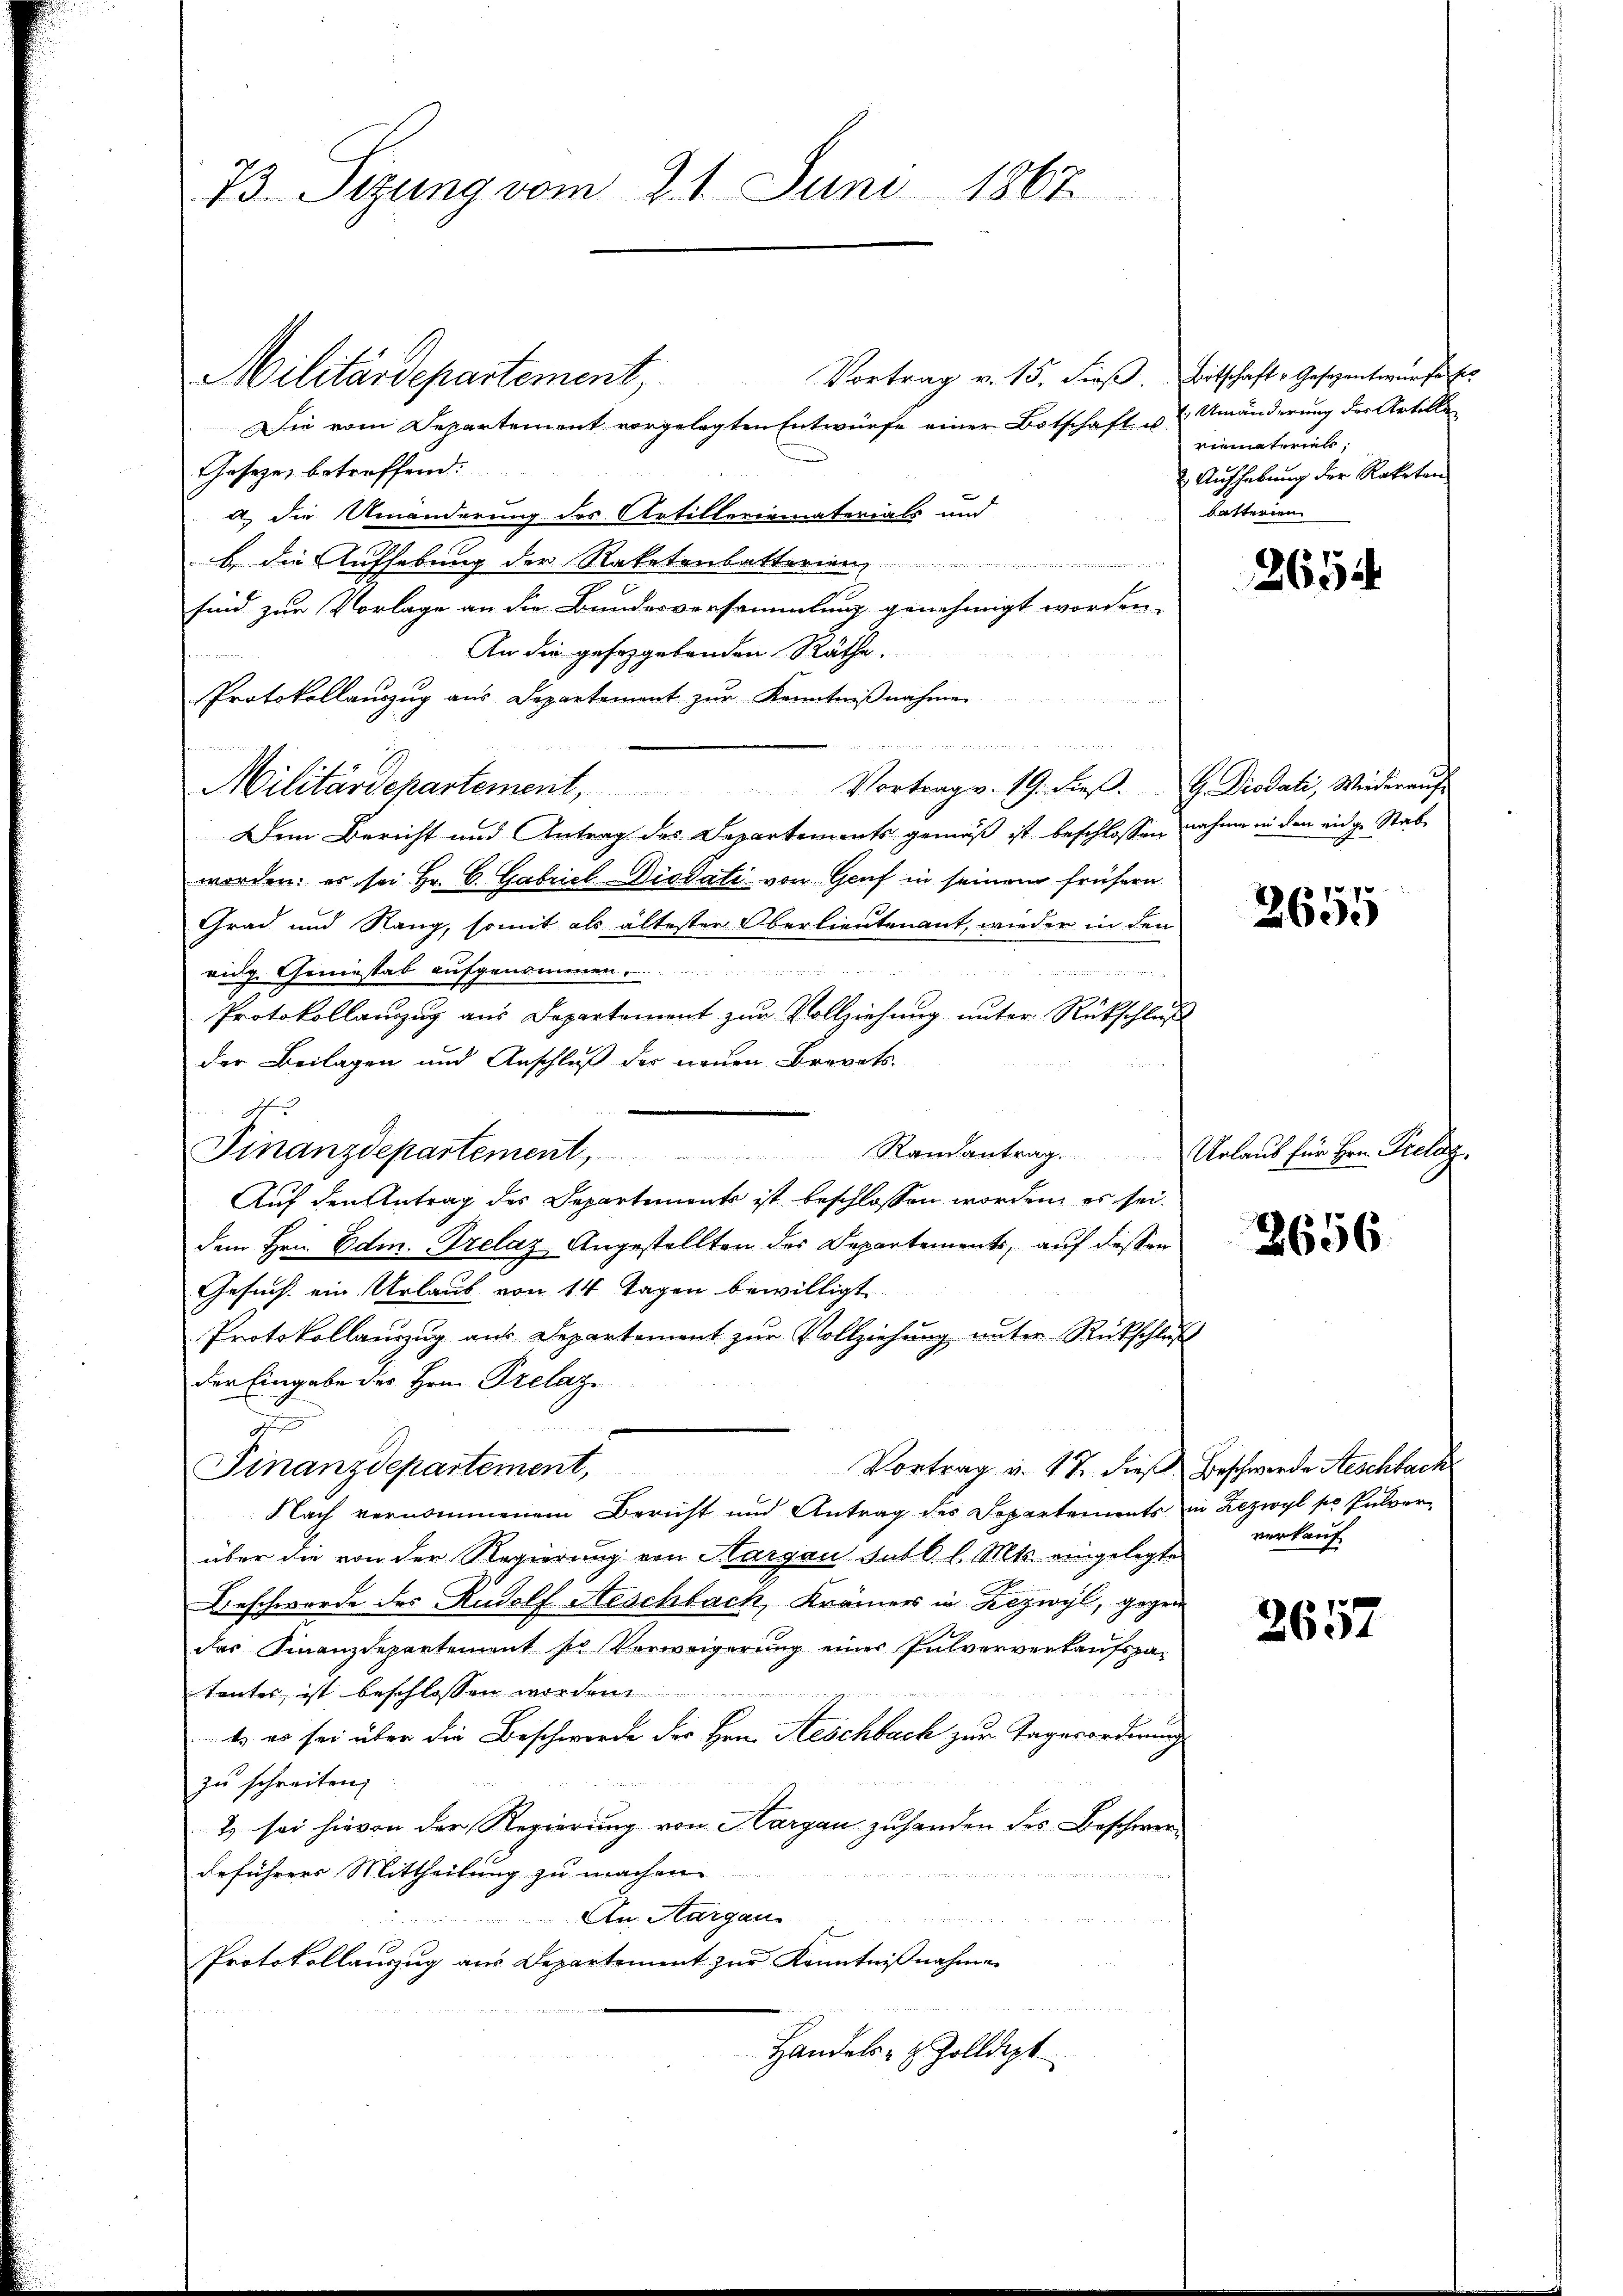
73. Sizung vom 21. Juni 1867

Vortrag v. 15. Fieβ. Bitschaft. Gesezentwurfe ses
Militärdepartement,
Die vom Departement vorgelegten Entwürfe einer Botschaft u Umänderung der Artillen
Gaseze, betreffend:
a) die Umänderung des Artillerirmaterials und
b. die Aufhebung der Raketenbatterien,

sind zur Vorlage an die Bundesversammlung genehmigt worden.
An die geseggebenden Räthe.
Protokollauszug aus Departement zur Kenntnißnahmen

Militärdepartement, Vortrag v. 19. dieβ.  Piodali, Wiederaŭf
Dem Bericht und Antrag des Departements gemäß ist beschlossen nahme in den eidge Stabworden; es sei Hr. C. Gabriel Diodati von Genf in seinem frühern
Grad und Rang, somit als ältester Oberlieutenant, wieder in den

vig Geniestab aufgenom
Protokollauszug aus Departement zur Vollziehung unter Rückschluß
der Beilagen und Anschluß der neuen Brevets¬
I
Finanzdepartement Randantrag.
Auf den Antrag des Departemente ist beschlossen worden, es sei.
dem Hrn. Edm. Trelaz Angestellten des Departements, auf dessen
Gesuch ein Urlaub von 14 Tagen bewilligt
Protokollauszug aus Departement zur Vollziehung unter Rückschluß
der Eingabe des Hrn. Prelaz
u
Vortrag u. 17. dieß Beschwerde Aeschbach
Finanzdepartement,
Nach vernommenem Bericht und Antrag des Departements in Lezwyl so Pulverüber die von der Regierung von Aargau sutl. l. Mts. eingelegte
Beschwerde des Rudolf Aeschbach, Krämers in Bezwyl, gegen
des Finanzdepartement so Verweigerung einer Pulververkaufspatentes, ist beschlossen worden.
t, es sei über die Beschwerde der Hrn. Reschbach zur Tagesordnung
zu schreiten;
t. sei hievon der Regierung von Hargau zuhanden des Beschwerdeführers Mittheilung zu machen.
An Aargaus
Protokollaŭszŭg aŭs Departement zŭr Kenntniβnahme
Handels- & Zolldept

rimaterials,
 Aufhebung der Rateten
betterien

Urlaus für Hrn. Viele.

2654

2655

2656

verkauf

2657